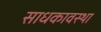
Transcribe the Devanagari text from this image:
साधकावस्था